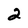
Character: 2